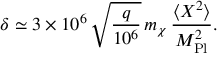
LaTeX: \delta \simeq 3 \times 1 0 ^ { 6 } \, \sqrt { \frac { q } { 1 0 ^ { 6 } } } \, m _ { \chi } \, \frac { \langle X ^ { 2 } \rangle } { M _ { \mathrm { P l } } ^ { 2 } } .